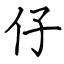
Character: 仔